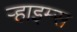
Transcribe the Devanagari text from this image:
र्‍हाइम्स